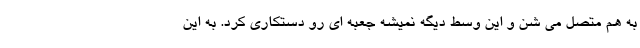
به هم متصل می شن و این وسط دیگه نمیشه جعبه ای رو دستکاری کرد. به این